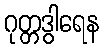
ဂုတ္တဒွါရေန